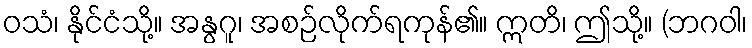
ဝသံ၊ နိုင်ငံသို့။ အနွဂူ၊ အစဉ်လိုက်ရကုန်၏။ ဣတိ၊ ဤသို့။ (ဘဂဝါ၊